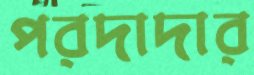
পরদাদার